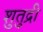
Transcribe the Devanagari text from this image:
शुतुद्री